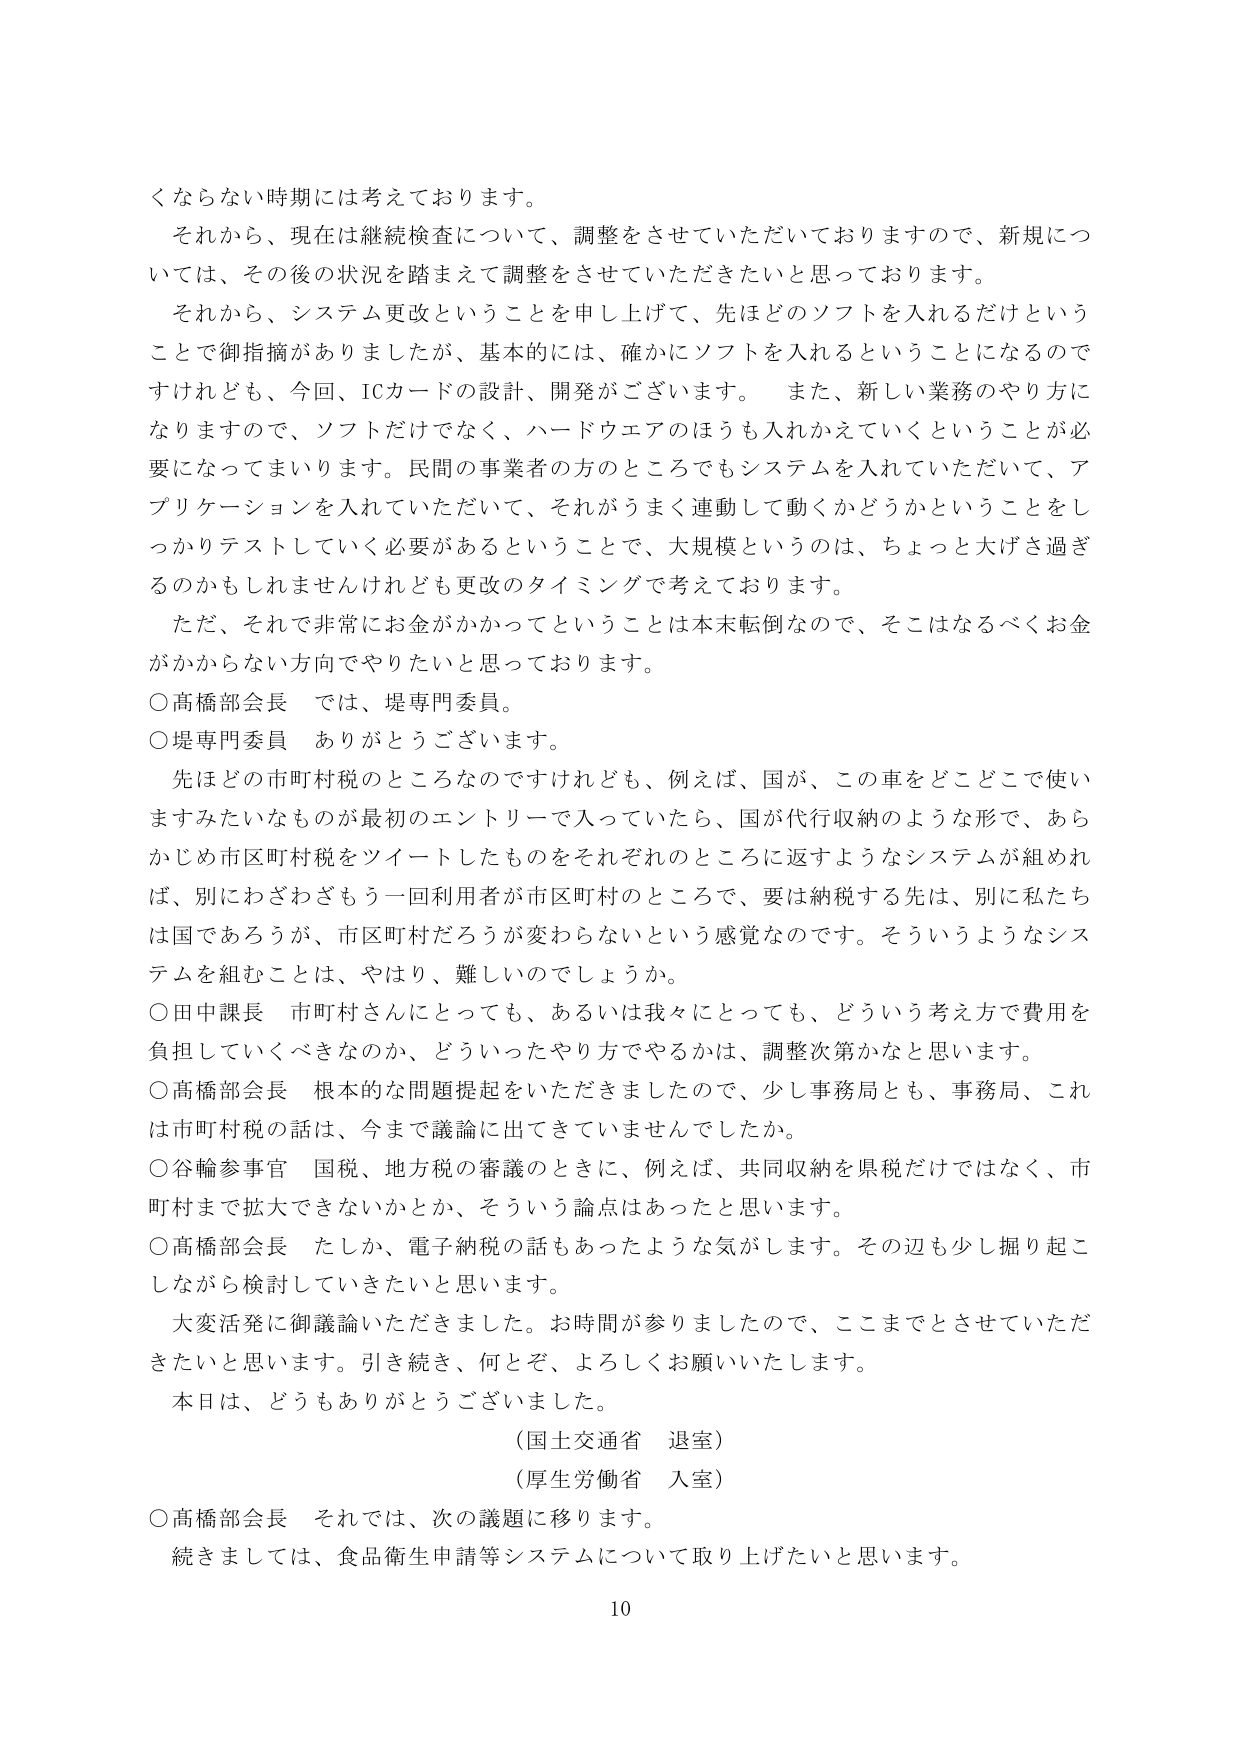
くならない時期には考えております。

それから、現在は継続検査について、調整をさせていただいておりますので、新規については、その後の状況を踏まえて調整をさせていただきたいと思っております。

それから、システム更改ということを申し上げて、先ほどのソフトを入れるだけということで御指摘がありましたたが、基本的には、確かにソフトを入れるということになるのですけれども、今回、ICカードの設計、開発がございます。また、新しい業務のやり方になりますので、ソフトだけでなく、ハードウェアのほうも入れかえていくということが必要になってまいります。民間の事業者の方のところでもシステムを入れていただいて、アプリケーションを入れていただいて、それがうまく連動して動くかどうかということをしっかりテストしていく必要があるということで、大規模というのは、ちょっと大げさ過ぎるのかもしれませんけれども更改のタイミングで考えております。

ただ、それで非常にお金がかかってということは本末転倒なので、そこはなるべくお金がかからない方向でやりたいと思っております。

○高橋部会長　では、堤専門委員。

○堤専門委員　ありがとうございます。

先ほどの市町村税のところなのですが、例えば、国が、この車をどこどこで使いますみたいなものが最初のエントリーで入っていたら、国が代行収納のような形で、あらかじめ市区町村税をツイートしたものをそれぞれのところに返すようなシステムが組めれば、別にわざわざもう一回利用者が市区町村のところで、要は納税する先は、別に私たちは国であろうが、市区町村だろうが変わらないという感覚なのです。そういうようなシステムを組むことは、やはり、難しいのでしょうか。

○田中課長　市町村さんにとっても、あるいは我々にとっても、どういう考え方で費用を負担していくべきなのか、どういったやり方でやるかは、調整次第かなと思います。

○高橋部会長　根本的な問題提起をいただきましたので、少し事務局とも、事務局、これは市町村税の話は、今まで議論に出てきていませんでしたか。

○谷輪参事官　国税、地方税の審議のときに、例えば、共同収納を県税だけではなく、市町村まで拡大できないかとか、そういう論点はあったと思います。

○高橋部会長　たしか、電子納税の話もあったような気がします。その辺も少し掘り起こしながら検討していきたいと思います。

大変活発に御議論いただきました。お時間が参りましたので、ここまでとさせていただきたいと思います。引き続き、何とぞ、よろしくお願いいたします。

本日は、どうもありがとうございました。

（国土交通省　退室）

（厚生労働省　入室）

○高橋部会長　それでは、次の議題に移ります。

続きましては、食品衛生申請等システムについて取り上げたいと思います。

10